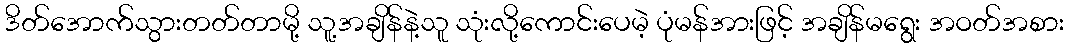
ဒိတ်အောက်သွားတတ်တာမို့ သူ့အချိန်နဲ့သူ သုံးလို့ကောင်းပေမဲ့ ပုံမန်အားဖြင့် အချိန်မရွေး အဝတ်အစား